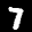
Label: 7